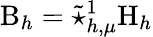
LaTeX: \mathrm{B}_{h}=\widetilde{\star}_{h,\mu}^{1}\mathrm{H}_{h}